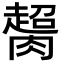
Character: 𦠶